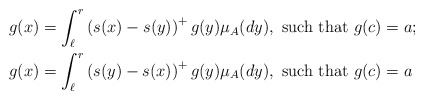
\begin{align*}g(x) &=\int_{\ell}^r\left(s(x)-s(y)\right)^+ g(y)\mu_A(dy), \mbox{ such that } g(c)=a;\\g(x)&=\int_{\ell}^r\left(s( y)-s(x)\right)^+g(y)\mu_A(dy), \mbox{ such that } g(c)=a\end{align*}